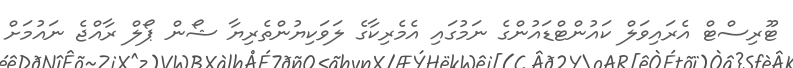
ޓޫރިސްޓް އެރައިވަލް ކައުންޓްޑައުންގެ ނަމުގައި އެމެރިކާގެ ލަވަކިޔުންތެރިޔާ ޝޯން ޕޯލް ރާއްޖެ ނައުމަށް